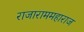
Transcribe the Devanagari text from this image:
राजाराममहाराज